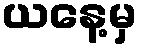
ယနေ့မှ